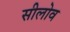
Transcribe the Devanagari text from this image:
सीलोव